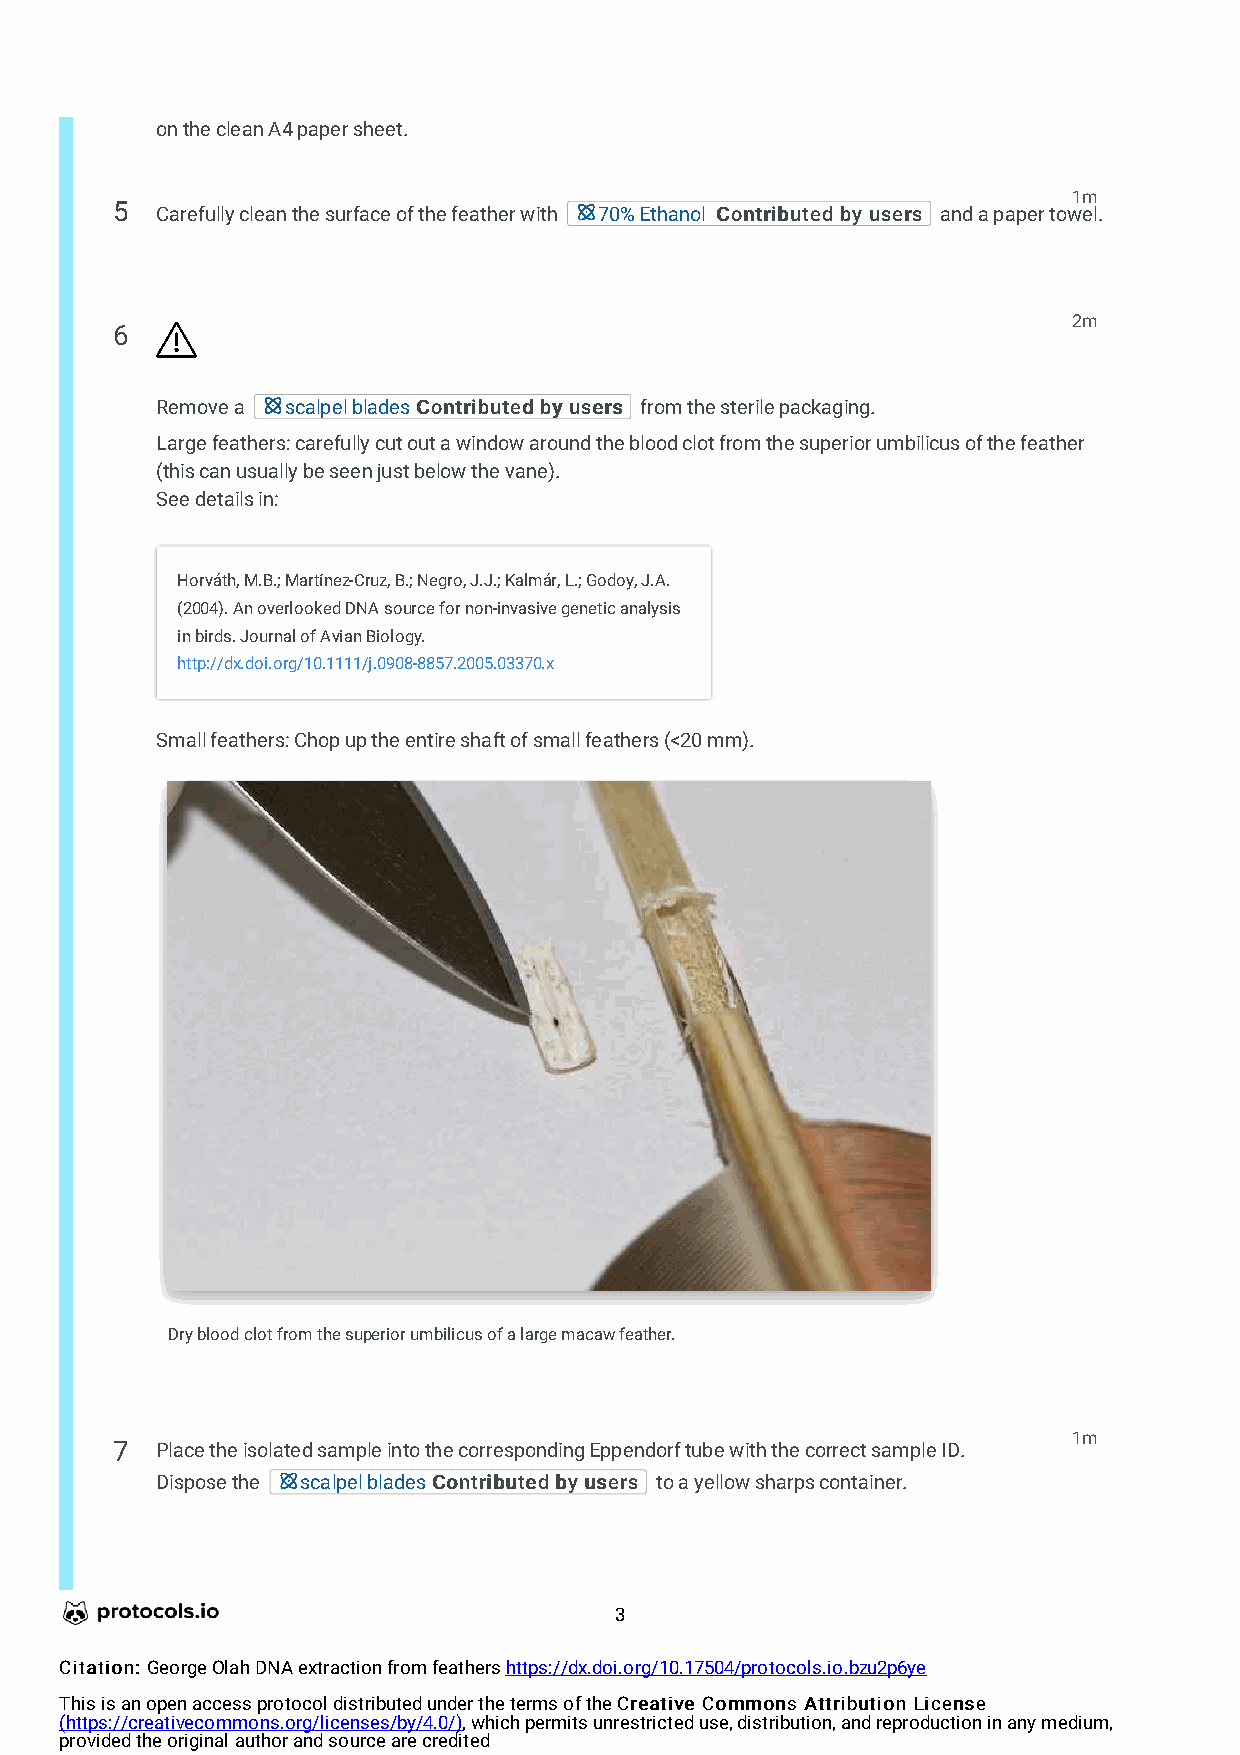
on the clean A4 paper sheet.
 1m
 5  Carefully clean the surface of the feather with 70% Ethanol CCoonnttrriibbuutteedd bbyy uusseerrss and a paper towel.
 2m
 6
 Remove a scalpel bladesCCoonnttrriibbuutteedd bbyy uusseerrss from the sterile packaging.
 Large feathers: carefully cut out a window around the blood clot from the superior umbilicus of the feather
 (this can usually be seen just below the vane).
 See details in:
 Horváth, M.B.; Martínez-Cruz, B.; Negro, J.J.; Kalmár, L.; Godoy, J.A.
 (2004). An overlooked DNA source for non-invasive genetic analysis
 in birds. Journal of Avian Biology.
 http://dx.doi.org/10.1111/j.0908-8857.2005.03370.x
 Small feathers: Chop up the entire shaft of small feathers (<20 mm).
 Dry blood clot from the superior umbilicus of a large macaw feather.
 1m
 7  Place the isolated sample into the corresponding Eppendorf tube with the correct sample ID.
 Dispose the scalpel bladesCCoonnttrriibbuutteedd bbyy uusseerrss to a yellow sharps container.
 3
 CCiittaattiioonn:: George Olah DNA extraction from feathers https://dx.doi.org/10.17504/protocols.io.bzu2p6ye
 This is an open access protocol distributed under the terms of the CCrreeaattiivvee CCoommmmoonnss AAttttrriibbuuttiioonn LLiicceennssee
 (https://creativecommons.org/licenses/by/4.0/), which permits unrestricted use, distribution, and reproduction in any medium,
 provided the original author and source are credited